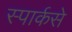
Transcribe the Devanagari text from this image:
स्पार्कसे